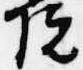
院